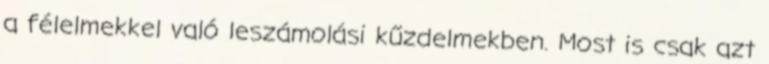
a félelmekkel való leszámolási kűzdelmekben. Most is csak azt